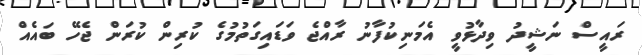
ރައީސް ނަޝީދު ވިދާޅުވީ އެމަނިކުފާނު ރާއްޖެ ވަޑައިގަތުމުގެ ކުރިން ކުރަން ޖެހޭ ބައެއް